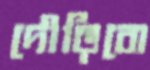
দৌড়িবো